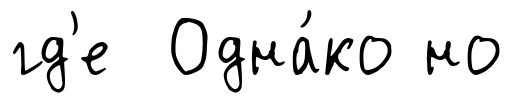
гд'е Одна́ко но